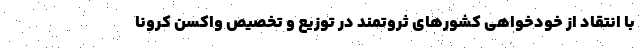
با انتقاد از خودخواهی کشورهای ثروتمند در توزیع و تخصیص واکسن کرونا